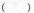
( )